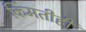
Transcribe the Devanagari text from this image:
किंमतीही